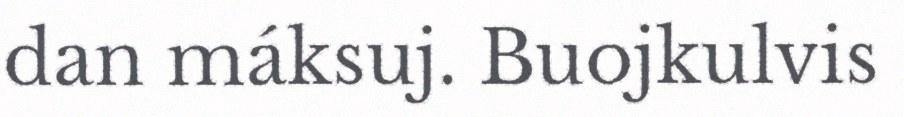
dan máksuj. Buojkulvis